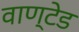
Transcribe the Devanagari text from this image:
वाण्टेड